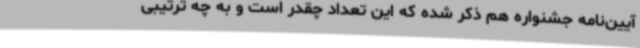
آیین‌نامه جشنواره هم ذکر شده که این تعداد چقدر است و به چه ترتیبی